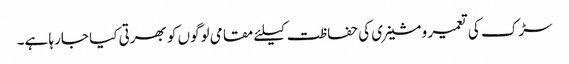
سڑک کی تعمیر و مشینری کی حفاظت کیلئے مقامی لوگوں کو بھرتی کیا جارہا ہے۔